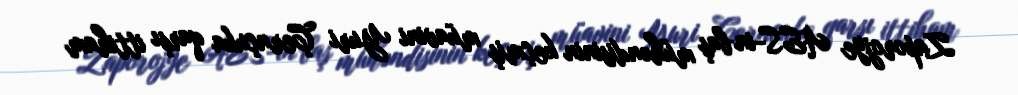
Zaporojye AES-in baş mühəndisinin keçmiş müavini Yuri Çernçuka qarşı ittiham